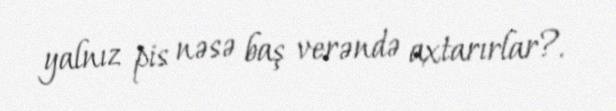
yalnız pis nəsə baş verəndə axtarırlar?.